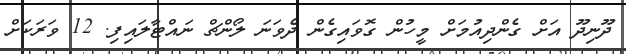
ދޫނިދޫ އަށް ގެންދިއުމަށް މީހުން ގޮވައިގެން ދެވަނަ ލޯންޗް ނައްޓާލައިފި. 12 ވަރަކަށް